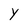
Character: Y